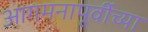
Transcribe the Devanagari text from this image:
आगमनापूर्वीच्या